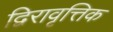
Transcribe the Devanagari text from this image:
द्विरावृत्तिक